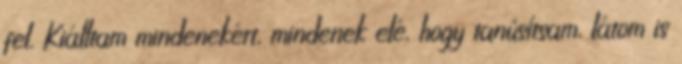
fel. Kiálltam mindenekért, mindenek elé, hogy tanúsítsam, látom is